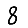
Digit: 8